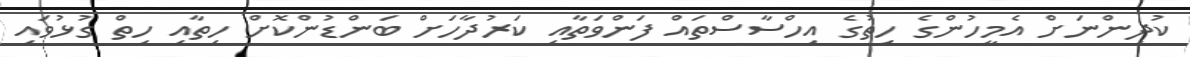
ކުދިންނަށް އެމީހުންގެ ހިތުގެ އިހްސާސްތައް ފަންވަތާއި ކަރުދާހަށް ބަންޑުންކޮށް ހިތާއި ހިތް ގުޅުވައި